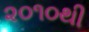
૨૦૧૦થી